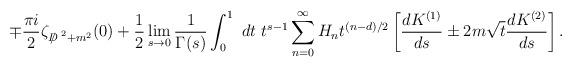
LaTeX: \begin{align*}\mp \frac{\pi i}{2}\zeta_{{D\!\!\!\!/}^{~2}+m^2}(0)+\frac{1}{2}\lim_{s\to 0}\frac{1}{\Gamma(s)}\int^1_0~dt~t^{s-1}\sum_{n=0}^{\infty} H_nt^{{(n-d)}/{2}}\left[\frac{d K^{(1)}}{ds}\pm 2 m\sqrt{t}\frac{d K^{(2)}}{ds}\right].\end{align*}